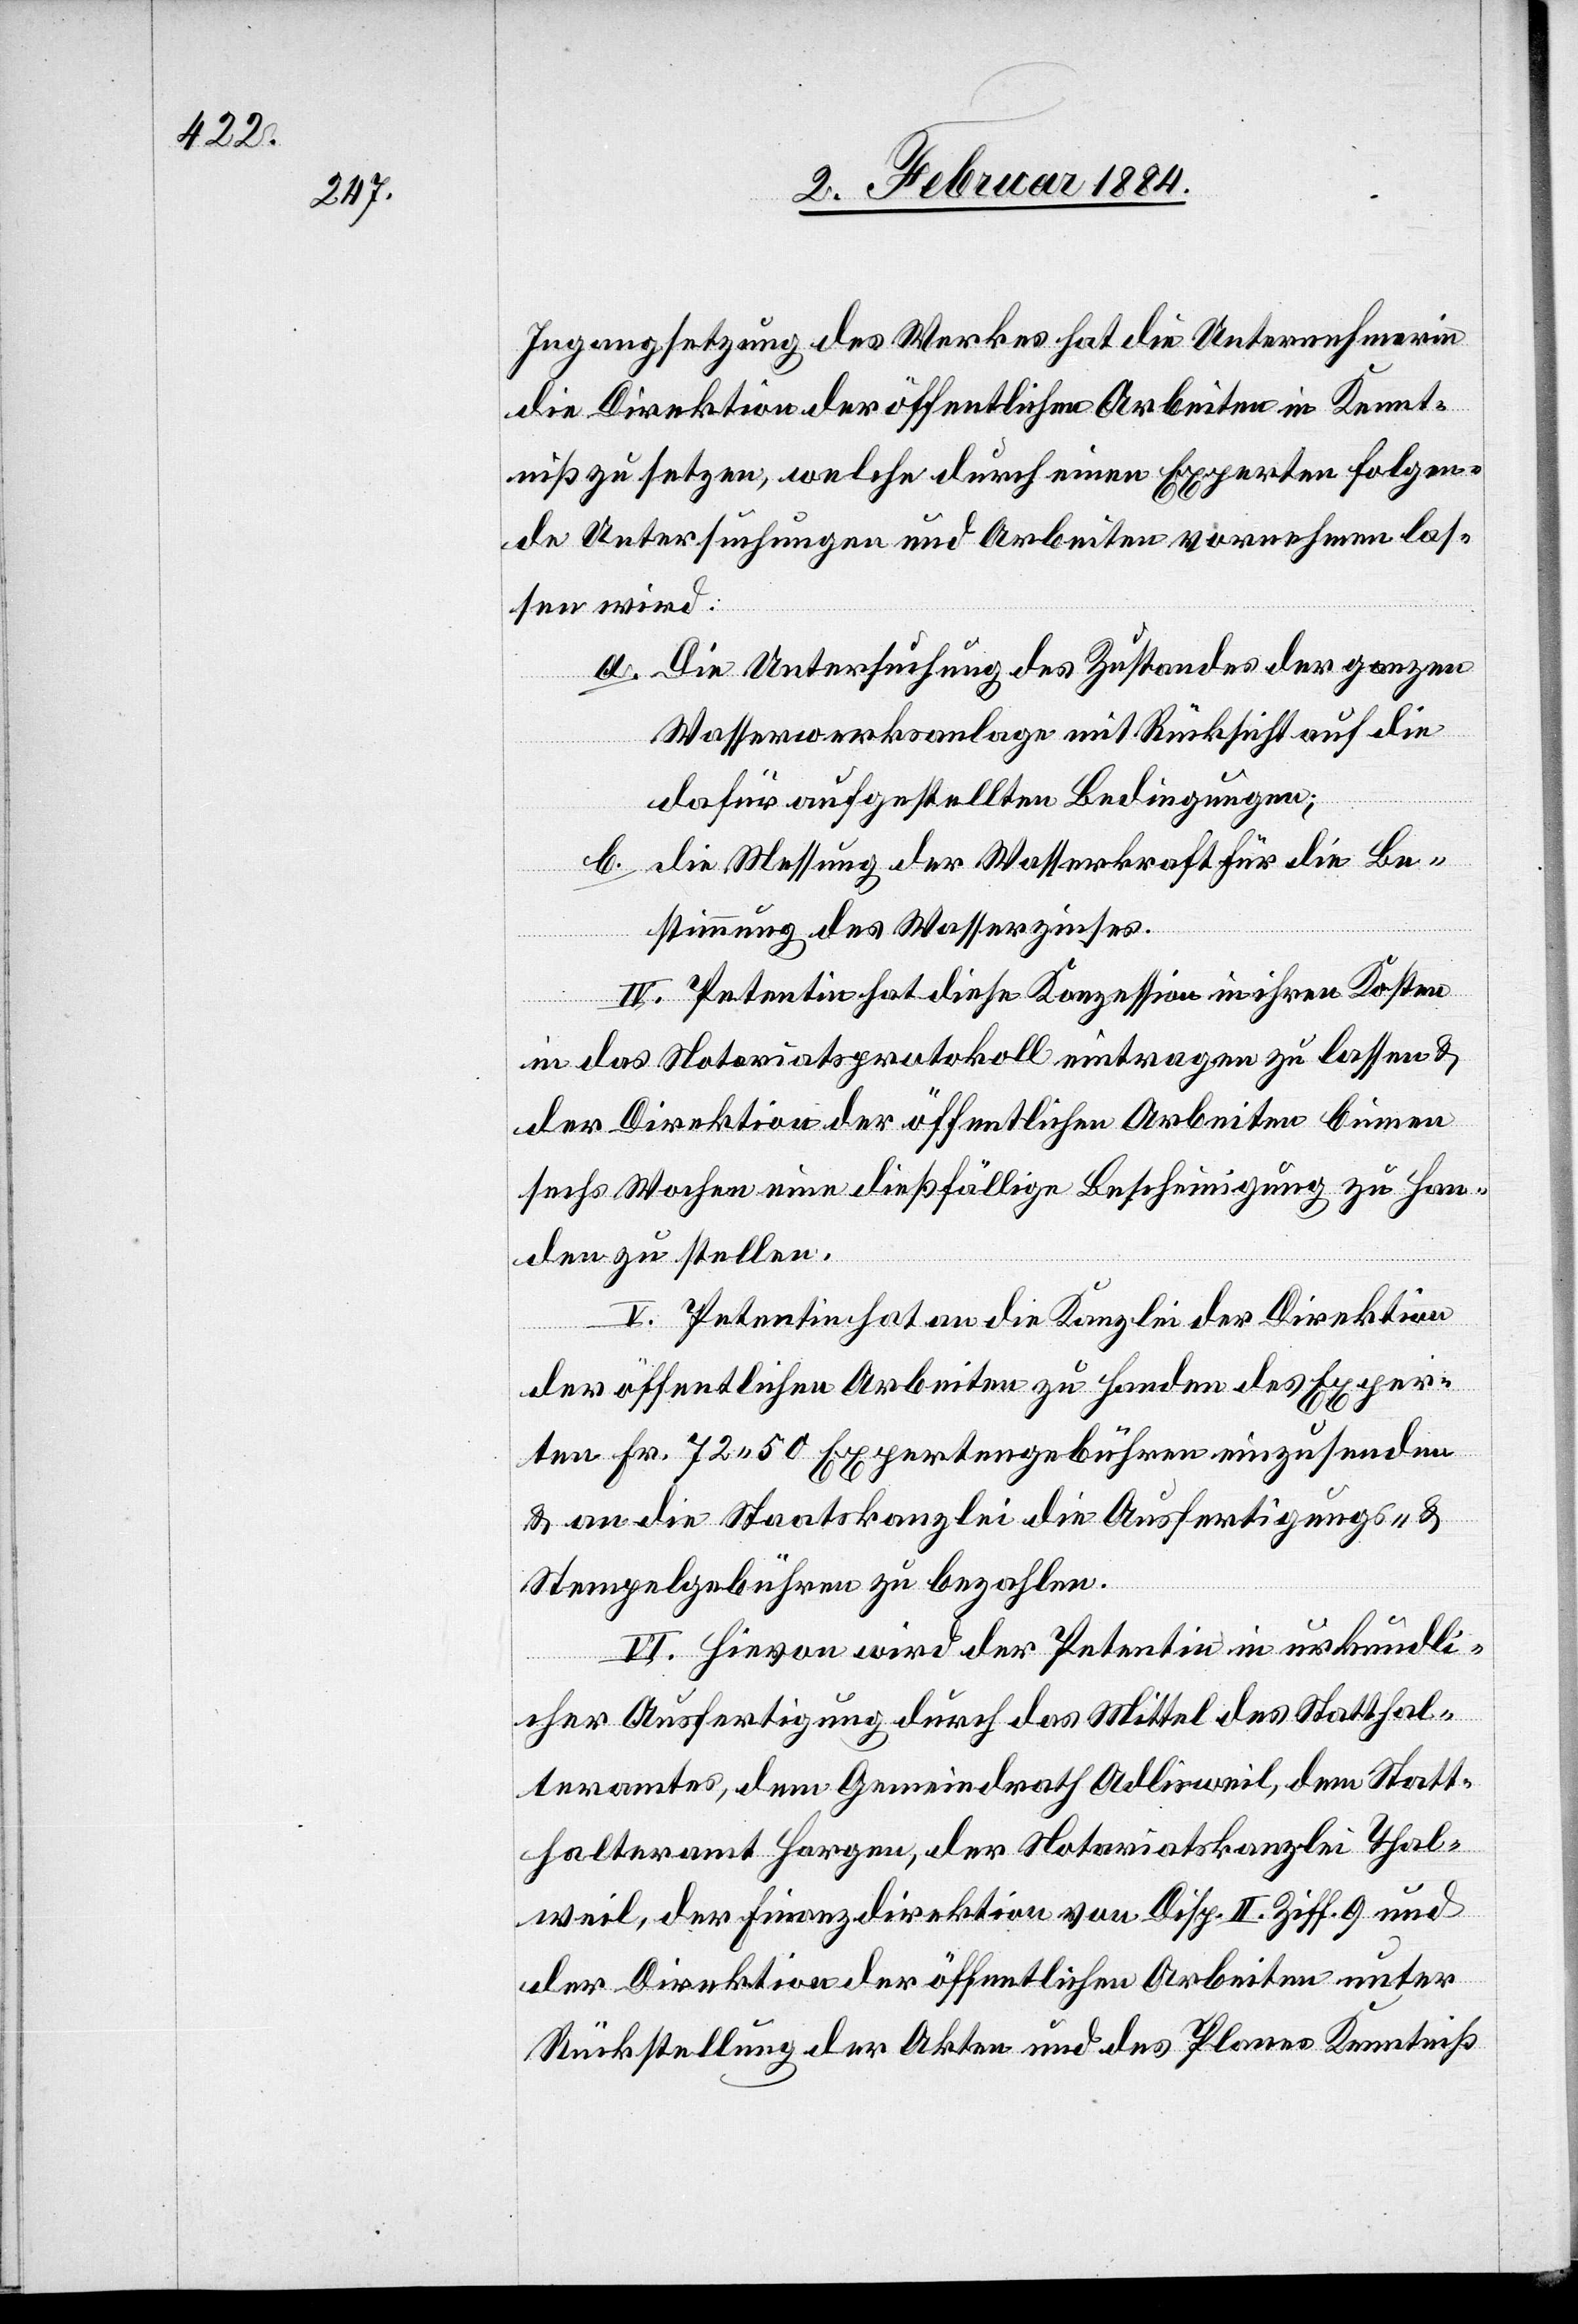
Ingangsetzung des Werkes hat die Unternehmerin
die Direktion der öffentlichen Arbeiten in Kennt¬
niß zu setzen, welche durch einen Experten folgen¬
de Untersuchungen und Arbeiten vornehmen las¬
sen wird:
a. Die Untersuchung des Zustandes der ganzen
Wasserwerksanlage mit Rücksicht auf die
dafür aufgestellten Bedingungen;
b. Die Messung der Wasserkraft für die Be¬
stimmung des Wasserzinses.
IV. Petentin hat diese Konzession in ihren Kosten
in das Notariatsprotokoll eintragen zu lassen &
der Direktion der öffentlichen Arbeiten binnen
sechs Wochen eine dießfällige Bescheinigung zu Han¬
den zu stellen.
V. Petentin hat an die Kanzlei der Direktion
der öffentlichen Arbeiten zu Handen des Exper¬
ten Fr. 72 50 Expertengebühren einzusenden
& an die Staatskanzlei die Ausfertigungs- &
Stempelgebühren zu bezahlen.
VI. Hievon wird der Petentin in urkundli¬
cher Ausfertigung durch das Mittel des Statthal¬
teramtes Horgen, der Notariatskanzlei Thal¬
weil, der Finanzdirektion von Disp. II. Ziff. 9 und
der Direktion der öffentlichen Arbeiten unter
Rückstellung der Akten und des Planes Kenntniß